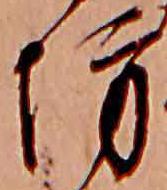
坊